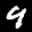
Label: 9